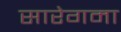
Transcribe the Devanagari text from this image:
सारेगमा